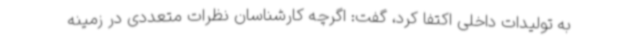
به تولیدات داخلی اکتفا کرد، گفت: اگرچه کارشناسان نظرات متعددی در زمینه